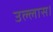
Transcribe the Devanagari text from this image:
उल्लास।